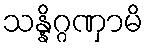
သန္နိဂ္ဂဏှာမိ